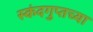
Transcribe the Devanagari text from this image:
स्कंदगुप्तच्या